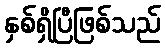
နှစ်ရှိပြီဖြစ်သည်